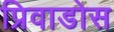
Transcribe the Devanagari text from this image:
प्रिवाडोस